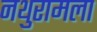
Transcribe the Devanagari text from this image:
नथुरामला